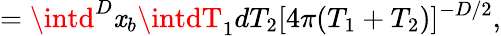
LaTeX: =\intd^{D}\mathit{x}_{b}\intdT_{1}dT_{2}[4\pi(T_{1}+T_{2})]^{-D/2},